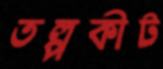
তল্পকীট